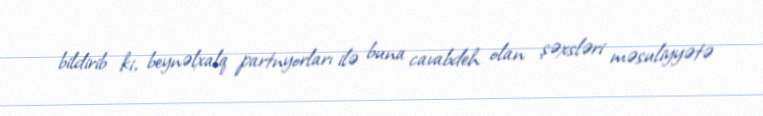
bildirib ki, beynəlxalq partnyorları ilə buna cavabdeh olan şəxsləri məsuliyyətə